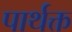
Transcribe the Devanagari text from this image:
पार्थक्त